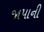
જાપાની